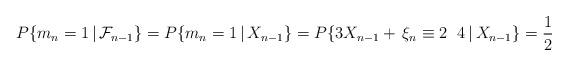
LaTeX: \begin{align*}P\{m_n = 1 \, | \, \mathcal{F}_{n-1}\} = P\{m_n = 1 \, | \, X_{n-1}\} =P\{3 X_{n-1} + \, \xi_n \equiv 2\ \; 4 \, | \, X_{n-1}\} = \frac{1}{2}\end{align*}